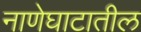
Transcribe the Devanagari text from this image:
नाणेघाटातील